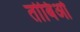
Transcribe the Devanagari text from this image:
तोबिओ